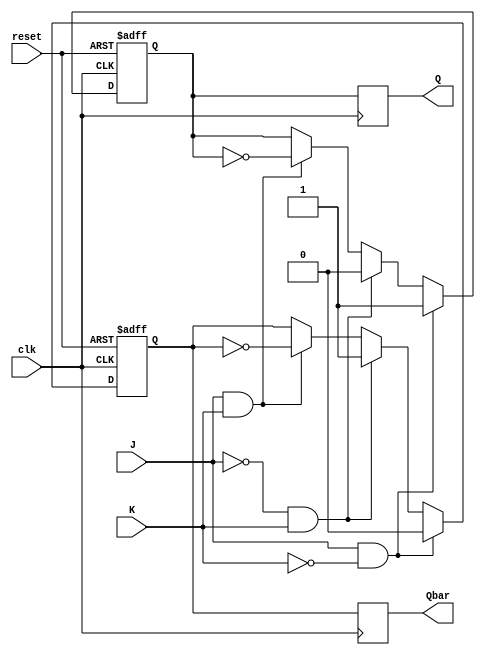
module jk_flip_flop (
    input wire clk,
    input wire reset,
    input wire J,
    input wire K,
    output reg Q,
    output reg Qbar
);

reg master_Q, master_Qbar;
reg slave_Q, slave_Qbar;

// Master stage
always @(posedge clk or posedge reset)
begin
    if (reset)
    begin
        master_Q <= 1'b0;
        master_Qbar <= 1'b1;
    end
    else
    begin
        if (J & ~K)
        begin
            master_Q <= 1'b1;
            master_Qbar <= 1'b0;
        end
        else if (~J & K)
        begin
            master_Q <= 1'b0;
            master_Qbar <= 1'b1;
        end
        else if (J & K)
        begin
            master_Q <= ~master_Q;
            master_Qbar <= ~master_Qbar;
        end
    end
end

// Slave stage
always @(posedge clk)
begin
    slave_Q <= master_Q;
    slave_Qbar <= master_Qbar;
end

assign Q = slave_Q;
assign Qbar = slave_Qbar;

endmodule